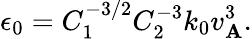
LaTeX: \epsilon_{0}=C_{1}^{-3/2}C_{2}^{-3}k_{0}v_{\mathbf{A}}^{3}.